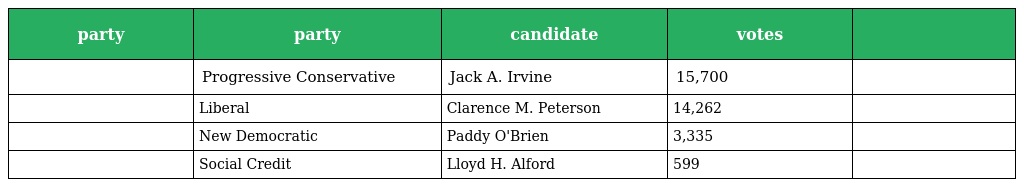
| party | party | candidate | votes |  |
 | --- | --- | --- | --- | --- |
 |  | Progressive Conservative | Jack A. Irvine | 15,700 |  |
 |  | Liberal | Clarence M. Peterson | 14,262 |  |
 |  | New Democratic | Paddy O'Brien | 3,335 |  |
 |  | Social Credit | Lloyd H. Alford | 599 |  |